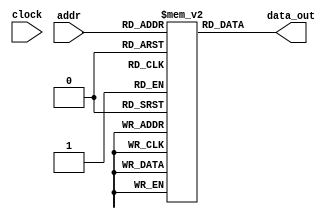
`timescale 1ns / 1ps
//////////////////////////////////////////////////////////////////////////////////
// Company: 
// Engineer: 
// 
// Design Name: 
// Module Name: instruction_memory
// Project Name: 
// Target Devices: 
// Tool Versions: 
// Description: 
// 
// Dependencies: 
// 
// Revision:
// Revision 0.01 - File Created
// Additional Comments:
// 
//////////////////////////////////////////////////////////////////////////////////


module instruction_memory(clock, addr, data_out);
input clock;
input [7:0] addr;

output reg [31:0] data_out;

reg [31:0] data [255:0];


always@(addr)
begin
	data_out = data[addr];
end

initial
begin
	data[0] = 0;
	data[1] = 0;
	data[2] = 32'b0111_0001_0000_0100_0001_0000_0000_0000; // sub x4, x4, x4
	data[3] = 0;
	data[4] = 0;
	data[5] = 0;
	data[6] = 0;
	data[7] = 32'b0101_0001_0000_0100_1111_1100_0000_0000; // inc x4, x4, -65536
	data[8] = 0;
	data[9] = 0;
	data[10] = 0;
	data[11] = 0;
	data[12] = 32'b0100_0001_0100_0010_0000_1100_0000_0000; // x5 = x2 + x3
	data[13] = 0;
	data[14] = 0;
	data[15] = 0;
	data[16] = 0;
	data[17] = 32'b1111_0010_0100_0000_0010_1000_0000_0000; // svpc x9, 10
	data[18] = 0;
	data[19] = 0;
	data[20] = 0;
	data[21] = 0;
	data[22] = 32'b1111_0010_1000_0000_0101_0100_0000_0000; // svpc x10, 21
	data[23] = 0;
	data[24] = 0;
	data[25] = 0;
	data[26] = 0;
	data[27] = 32'b1110_0001_1000_0010_0000_0000_0000_0000; // ld x6, x2
	data[28] = 0;
	data[29] = 0;
	data[30] = 0;
	data[31] = 0;
	data[32] = 32'b0111_0001_1100_0110_0001_0000_0000_0000; // sub x7, x6, x4
	data[33] = 32'b1011_0000_0000_1010_0000_0000_0000_0000; // brn x10
	data[34] = 0;
	data[35] = 0;
	data[36] = 0;
	data[37] = 0;
	data[38] = 32'b0101_0001_0000_0110_0000_0000_0000_0000; // inc x4, x6, 0
	data[39] = 0;
	data[40] = 0;
	data[41] = 0;
	data[42] = 0;
	data[43] = 32'b0101_0000_1000_0010_0000_0100_0000_0000; // inc x2, x2, 1
	data[44] = 0;
	data[45] = 0;
	data[46] = 0;
	data[47] = 0;
	data[48] = 32'b0111_0010_0000_0010_0001_0100_0000_0000; // sub x8, x2, x5
	data[49] = 32'b1011_0000_0000_1001_0000_0000_0000_0000; // brn x9
	data[50] = 0;
	data[51] = 0;
	data[52] = 0;
	data[53] = 0;
end
endmodule